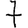
Digit: 7